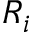
R _ { i }